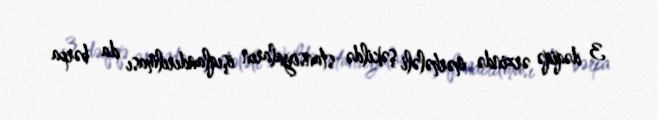
3 dəqiqə ərzində mərhələli şəkildə stansiyaların işıqlandırılması da bərpa